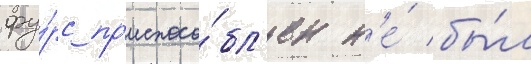
фу́рс пр'испосо́бл'ен н'е́ бы́л